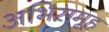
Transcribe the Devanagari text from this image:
अभिसमूह